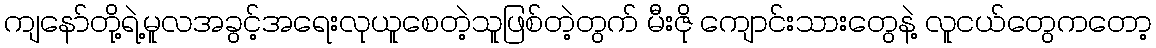
ကျနော်တို့ရဲ့မူလအခွင့်အရေးလုယူစေတဲ့သူဖြစ်တဲ့တွက် မီးဇို ကျောင်းသားတွေနဲ့ လူငယ်တွေကတော့